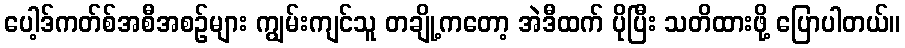
ပေါ့ဒ်ကတ်စ်အစီအစဉ်များ ကျွမ်းကျင်သူ တချို့ကတော့ အဲဒီထက် ပိုပြီး သတိထားဖို့ ပြောပါတယ်။